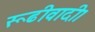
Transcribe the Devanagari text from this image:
रूढीवादी।